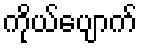
ကိုယ်ပျောက်